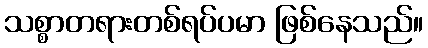
သစ္စာတရားတစ်ရပ်ပမာ ဖြစ်နေသည်။